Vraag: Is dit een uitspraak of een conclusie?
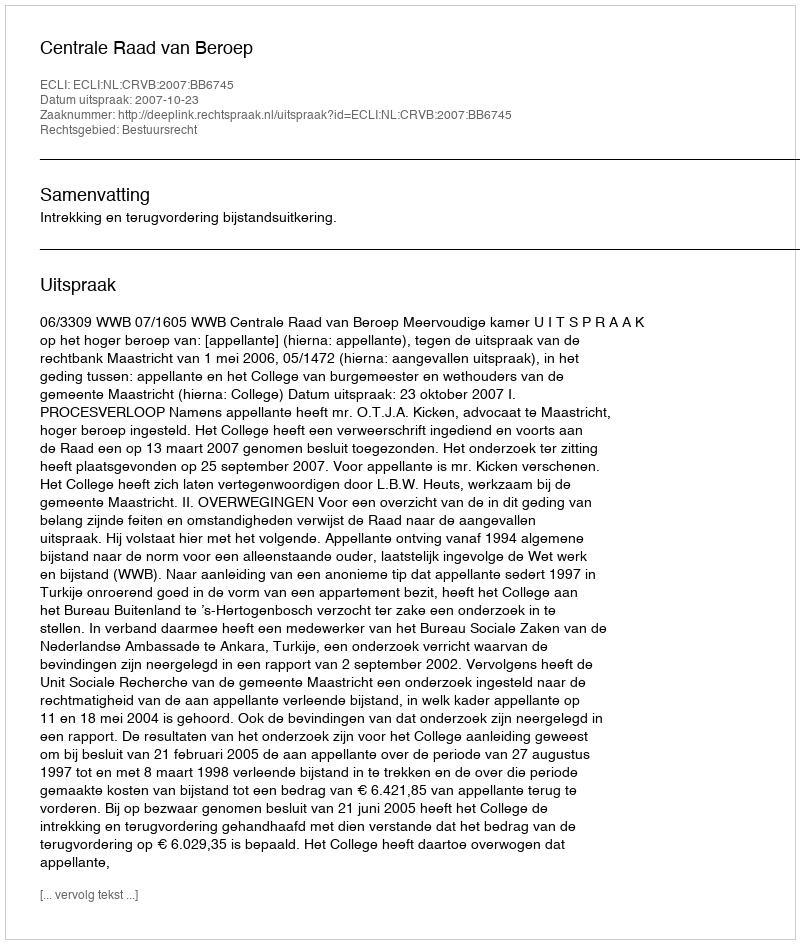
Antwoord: Uitspraak